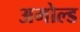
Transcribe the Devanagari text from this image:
अमोल्ड